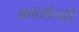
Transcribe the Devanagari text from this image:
काळांतही